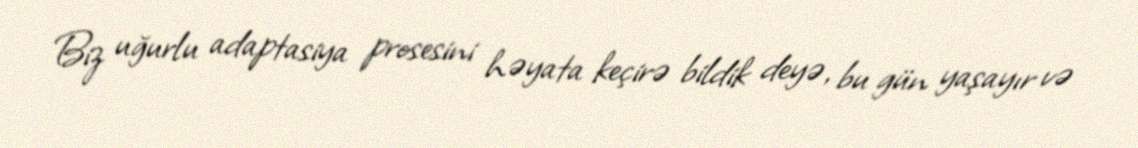
Biz uğurlu adaptasiya prosesini həyata keçirə bildik deyə, bu gün yaşayır və